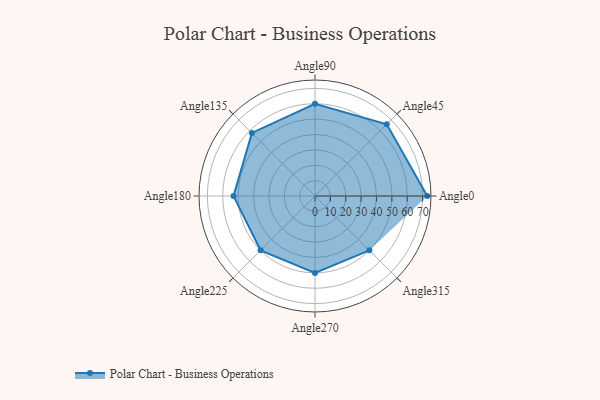
{"axis": {"x": "Angle", "y": "Radius"}, "legend": [""], "data": [{"x": "Angle0", "y": 73.0, "type": ""}, {"x": "Angle45", "y": 66.0, "type": ""}, {"x": "Angle90", "y": 60.0, "type": ""}, {"x": "Angle135", "y": 58.0, "type": ""}, {"x": "Angle180", "y": 53.0, "type": ""}, {"x": "Angle225", "y": 50, "type": ""}, {"x": "Angle270", "y": 50, "type": ""}, {"x": "Angle315", "y": 50, "type": ""}]}